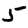
Digit: 5